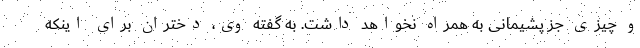
و چیزی جز پشیمانی به همراه نخواهد داشت. به گفته وی، دختران برای اینکه